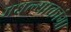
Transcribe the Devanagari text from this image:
मधल्याकांग्रा